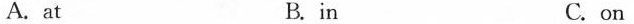
A.at B. in C. on